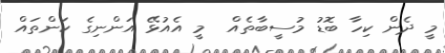
މީ ދެން ކިހާ ބޮޑު މުސީބާތެއް  މީ އެއުޅޭ އަންނިގެ ކަންތައް